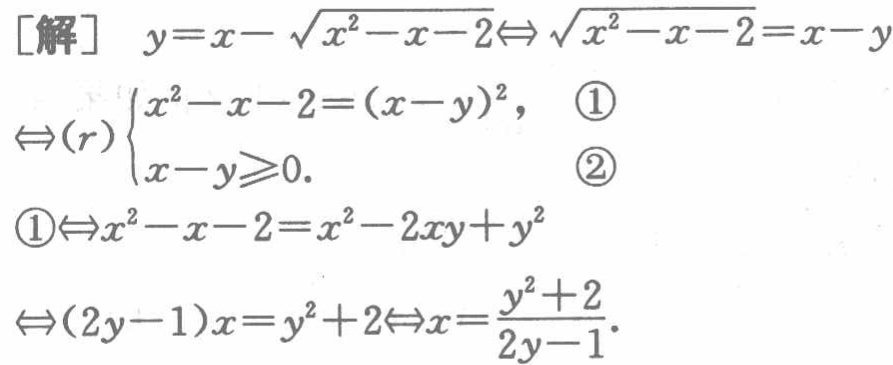
\begin{align*}

[\text{解}]\quad&y = x - \sqrt{x^{2}-x - 2} \Leftrightarrow \sqrt{x^{2}-x - 2}=x - y\\

\Leftrightarrow (r)&\begin{cases}

x^{2}-x - 2=(x - y)^{2},&\textcircled{1}\\

x - y\geqslant0.&\textcircled{2}

\end{cases}\\

\textcircled{1}\Leftrightarrow&x^{2}-x - 2=x^{2}-2xy + y^{2}\\

\Leftrightarrow&(2y - 1)x=y^{2}+2\Leftrightarrow x=\frac{y^{2}+2}{2y - 1}.

\end{align*}